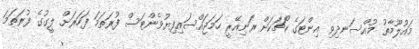
މައުލޫމާތު މުއްސަނދިވި އިންޓަގެ ކޯޗަކަށް ރަނިއޭރީ ހަމަޖައްސައިފިޔުވެންޓަސް ފުރަތަމަ ފަހަރަށް ލީގުގެ ފުރަތަމަ